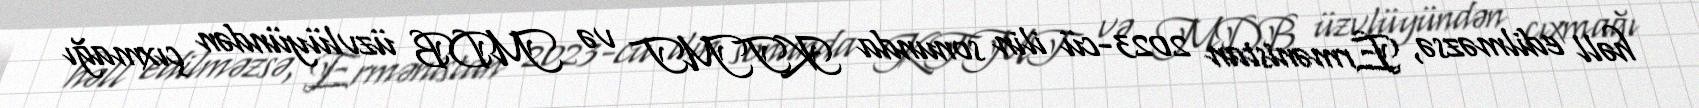
həll edilməzsə, Ermənistan 2023-cü ilin sonunda KTMT və MDB üzvlüyündən çıxmağı